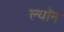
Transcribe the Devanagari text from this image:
ल्याॅन